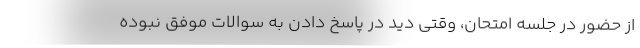
از حضور در جلسه امتحان، وقتی دید در پاسخ دادن به سوالات موفق نبوده